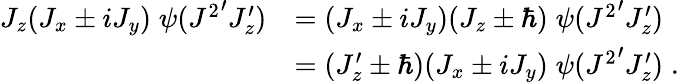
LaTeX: {\begin{array}{rl}{J_{z}(J_{x}\pm iJ_{y})\; \psi({J^{2}}^{\prime}J_{z}^{\prime})}&{=(J_{x}\pm iJ_{y})(J_{z}\pm\hbar)\; \psi({J^{2}}^{\prime}J_{z}^{\prime})}\\ &{=(J_{z}^{\prime}\pm\hbar)(J_{x}\pm iJ_{y})\; \psi({J^{2}}^{\prime}J_{z}^{\prime})\; .}\end{array}}